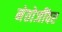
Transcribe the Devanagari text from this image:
नेतोजींवर